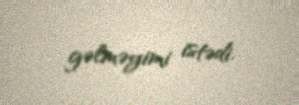
gəlməyimi istədi.